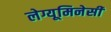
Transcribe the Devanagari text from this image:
लेग्यूमिनेसी